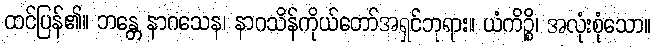
ထင်ပြန်၏။ ဘန္တေ နာဂသေန၊ နာဂသိန်ကိုယ်တော်အရှင်ဘုရား။ ယံကိဉ္စိ၊ အလုံးစုံသော။